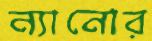
ন্যানোর